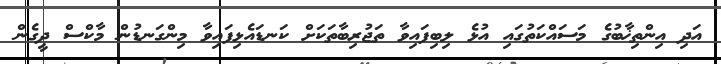
އަދި އިންތިޚާބުގެ މަސައްކަތުގައި އުޅެ ލިބިފައިވާ ތަޖުރިބާތަކަށް ކަނޑައެޅިފައިވާ މިންގަނޑުން މާކްސް ދީގެން